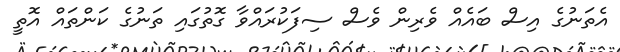
އެތަނުގެ އިސް ބައެއް ވެރިން ވެސް ސިފަކުރައްވާ ގޮތުގައި ތަނުގެ ކަންތައް އޮތީ